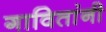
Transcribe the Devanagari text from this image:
गावितांनी